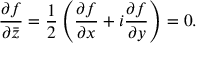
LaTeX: { \frac { \partial f } { \partial { \bar { z } } } } = { \frac { 1 } { 2 } } \left( { \frac { \partial f } { \partial x } } + i { \frac { \partial f } { \partial y } } \right) = 0 .